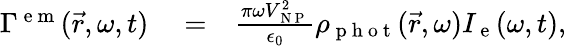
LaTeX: \begin{array}{rlr}{\Gamma^{\mathrm{~e~m~}}(\vec{r},\omega,t)}&{{}=}&{\frac{\pi\omega V_{\mathrm{~N~P~}}^{2}}{\epsilon_{0}}\rho_{\mathrm{~p~h~o~t~}}(\vec{r},\omega)I_{\mathrm{~e~}}(\omega,t),}\end{array}